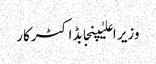
وزیر اعلیٰپنجابڈاکٹرکار